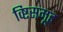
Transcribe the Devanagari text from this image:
व्ष्टिसमूह